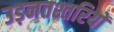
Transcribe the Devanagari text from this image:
उड़नतश्तरियों